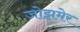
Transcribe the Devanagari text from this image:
जोझमेर